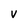
Character: V